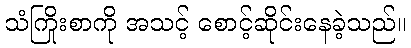
သံကြိုးစာကို အသင့် စောင့်ဆိုင်းနေခဲ့သည်။